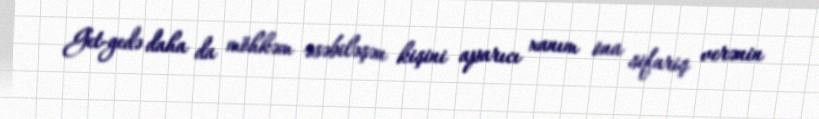
Get-gedə daha da möhkəm əsəbiləşən kişini aparıcı xanım ona sifariş verənin